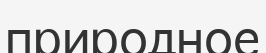
природное